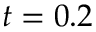
t = 0 . 2